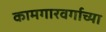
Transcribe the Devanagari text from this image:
कामगारवर्गाच्या